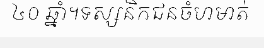
៤០ ឆ្នាំ។ទស្សនិកជនចំហមាត់